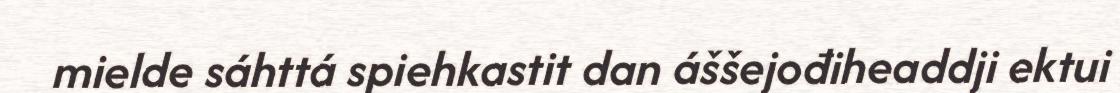
mielde sáhttá spiehkastit dan áššejođiheaddji ektui